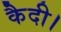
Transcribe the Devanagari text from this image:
कैदी।